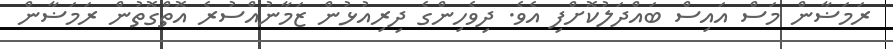
ރަމަޟާން މަސް އައިސް ބައްދަލުކޮށްފި އެވެ. ދިވެހިންގެ ދިރިއުޅުން ޒަމާނުއްސުރެ އޮތްގޮތުން ރަމަޟާން